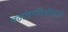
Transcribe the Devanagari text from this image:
जठरांत्रगतिशीलता